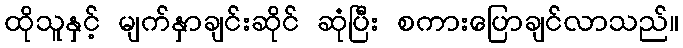
ထိုသူနှင့် မျက်နှာချင်းဆိုင် ဆုံပြီး စကားပြောချင်လာသည်။